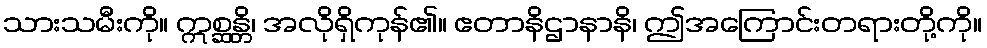
သားသမီးကို။ ဣစ္ဆန္တိ၊ အလိုရှိကုန်၏။ ဧတာနိဌာနာနိ၊ ဤအကြောင်းတရားတို့ကို။